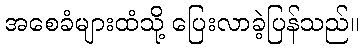
အစေခံများထံသို့ ပြေးလာခဲ့ပြန်သည်။